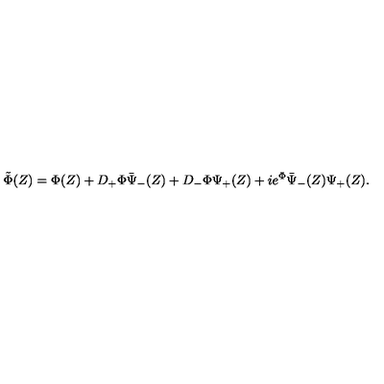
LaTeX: \tilde { \Phi } ( Z ) = \Phi ( Z ) + D _ { + } \Phi \bar { \Psi } _ { - } ( Z ) + D _ { - } \Phi \Psi _ { + } ( Z ) + i e ^ { \Phi } \bar { \Psi } _ { - } ( Z ) \Psi _ { + } ( Z ) .